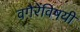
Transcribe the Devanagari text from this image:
वगैरेंविषयी